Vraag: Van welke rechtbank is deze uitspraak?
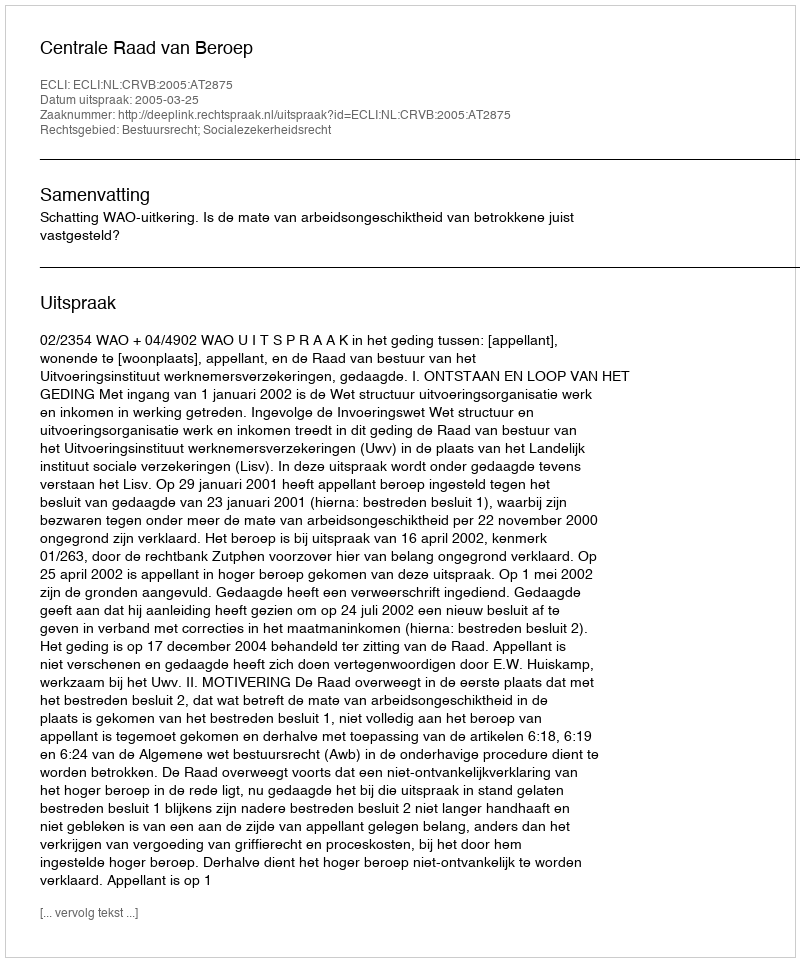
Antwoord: Centrale Raad van Beroep